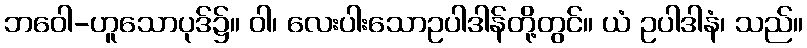
ဘဝေါ-ဟူသောပုဒ်၌။ ဝါ၊ လေးပါးသောဥပါဒါန်တို့တွင်။ ယံ ဥပါဒါနံ၊ သည်။